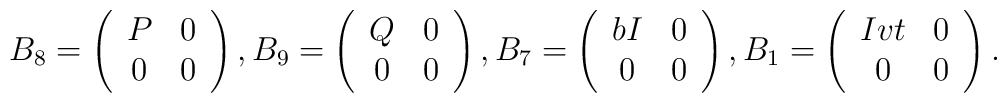
B_8=\left(\begin{array}{cc}P &  0  \\ 0 & 0 \end{array}\right),B_9=\left(\begin{array}{cc}Q &  0  \\ 0 & 0 \end{array}\right),B_7=\left(\begin{array}{cc}bI &  0  \\ 0 & 0 \end{array}\right),B_1=\left(\begin{array}{cc}Ivt &  0  \\ 0 & 0 \end{array}\right).